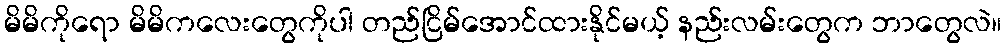
မိမိကိုရော မိမိကလေးတွေကိုပါ တည်ငြိမ်အောင်ထားနိုင်မယ့် နည်းလမ်းတွေက ဘာတွေလဲ။